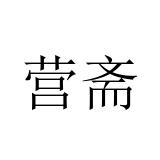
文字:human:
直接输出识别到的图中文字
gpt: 营斋